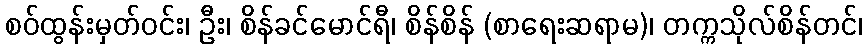
စဝ်ထွန်းမှတ်ဝင်း၊ ဦး၊ စိန်ခင်မောင်ရီ၊ စိန်စိန် (စာရေးဆရာမ)၊ တက္ကသိုလ်စိန်တင်၊